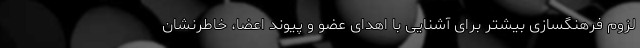
لزوم فرهنگسازی بیشتر برای آشنایی با اهدای عضو و پیوند اعضا، خاطرنشان